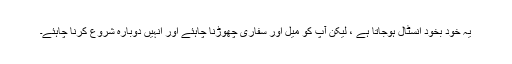
یہ خود بخود انسٹال ہوجاتا ہے ، لیکن آپ کو میل اور سفاری چھوڑنا چاہئے اور انہیں دوبارہ شروع کرنا چاہئے۔